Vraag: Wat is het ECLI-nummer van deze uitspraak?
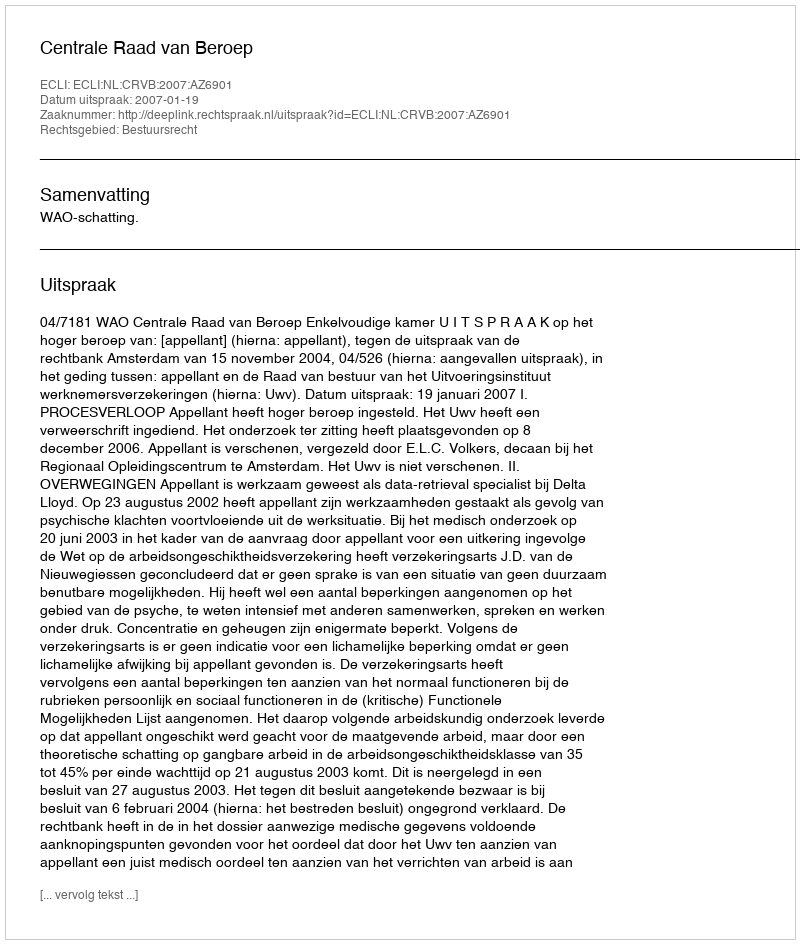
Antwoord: ECLI:NL:CRVB:2007:AZ6901